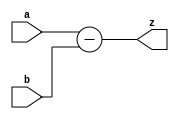
module sub(output[15:0] z, input[15:0] a,b);
	assign z=a-b;
endmodule